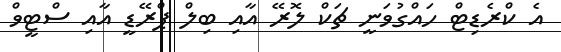
އެ ކްރެޑިޓް ހައްގުވަނީ ޗަކް ލޮރޭ އާއި ބިލް ޕްރޭޑީ އާއި ސްޓީވް